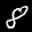
Label: 8